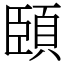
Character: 頣